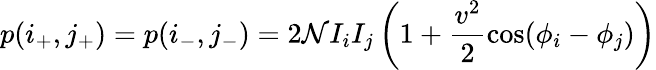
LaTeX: p(i_{+},j_{+})=p(i_{-},j_{-})=2\mathcal{N}I_{i}I_{j}\left(1+\frac{v^{2}}{2}\cos(\phi_{i}-\phi_{j})\right)